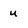
Character: u